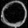
Digit: ၀